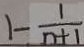
1 - \frac { 1 } { n + 1 }